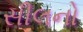
સીલનો